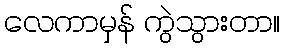
လေကာမှန် ကွဲသွားတာ။